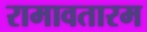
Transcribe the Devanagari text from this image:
रामावतारम